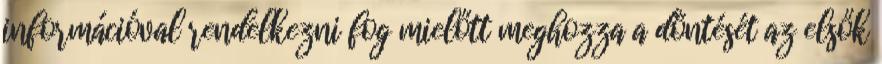
információval rendelkezni fog mielőtt meghozza a döntését az elsők